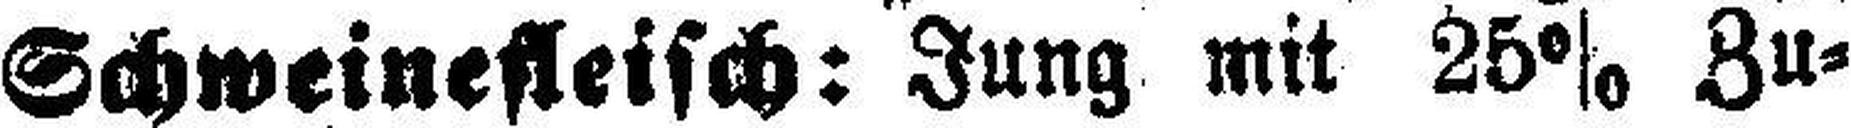
Schweinefleisch: Jung mit 25% Zu¬